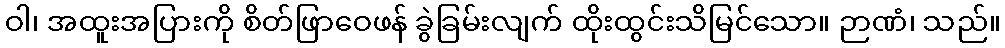
ဝါ၊ အထူးအပြားကို စိတ်ဖြာဝေဖန် ခွဲခြမ်းလျက် ထိုးထွင်းသိမြင်သော။ ဉာဏံ၊ သည်။